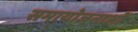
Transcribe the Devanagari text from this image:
समायोजनाओं